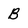
Character: B